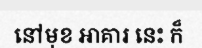
នៅមុខ អាគារ នេះ ក៏